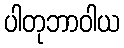
ပါတုဘာဝါယ